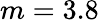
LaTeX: m=3.8